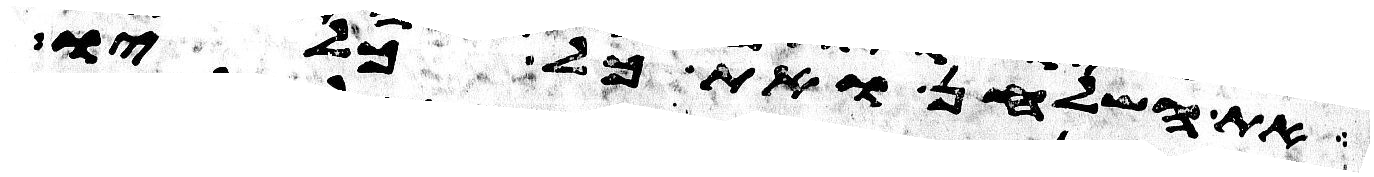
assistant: את השלחן ואת כל כליו